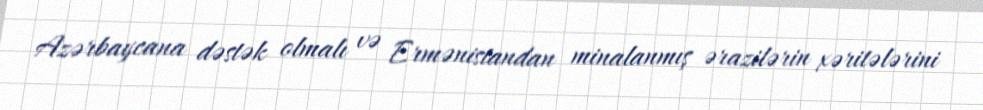
Azərbaycana dəstək olmalı və Ermənistandan minalanmış ərazilərin xəritələrini